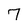
Character: 7